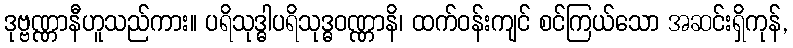
ဒုဗ္ဗဏ္ဏာနီဟူသည်ကား။ ပရိသုဒ္ဓါပရိသုဒ္ဓဝဏ္ဏာနိ၊ ထက်ဝန်းကျင် စင်ကြယ်သော အဆင်းရှိကုန်,